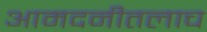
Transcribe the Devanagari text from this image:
आमदनीतलाच